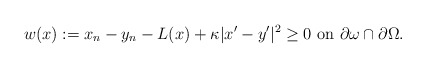
\begin{align*}w (x) := x_n - y_n - L (x) + \kappa |x'-y'|^2 \geq 0 \mbox{ on } \partial \omega \cap \partial \Omega.\end{align*}